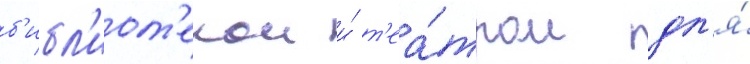
б'ибл'иот'екои и́ т'еа́тром дл'я́